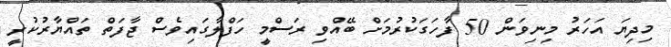
މިދިޔަ އަހަރު މިނިވަން 50 ފާހަގަކުރުމަށް ބޭއްވި ރަސްމީ ހަފްލާގައިވެސް ޖާފަތް ތައްޔާރުކުރީ